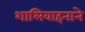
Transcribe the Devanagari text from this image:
शालिवाहनाने